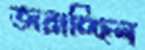
জরাচ্ছিল